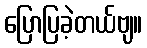
ပြောပြခဲ့တယ်ဗျ။